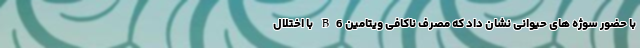
با حضور سوژه های حیوانی نشان داد که مصرف ناکافی ویتامین B6 با اختلال